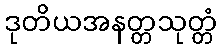
ဒုတိယအနတ္တသုတ္တံ